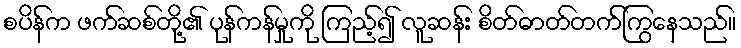
စပိန်က ဖက်ဆစ်တို့၏ ပုန်ကန်မှုကို ကြည့်၍ လူဆန်း စိတ်ဓာတ်တက်ကြွနေသည်။